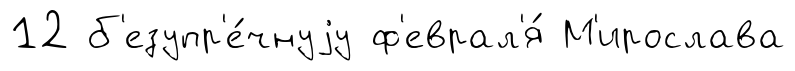
12 б'езупр'е́чнуjу ф'еврал'я́ М'ирослава